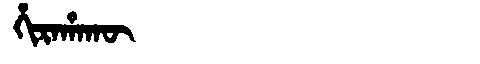
Manchu: ᡥᡳᡵᠠᡥᠠᡴᡡ
Romanization: HIRAHAKŪ